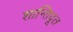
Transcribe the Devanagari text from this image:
शान्तिदूत